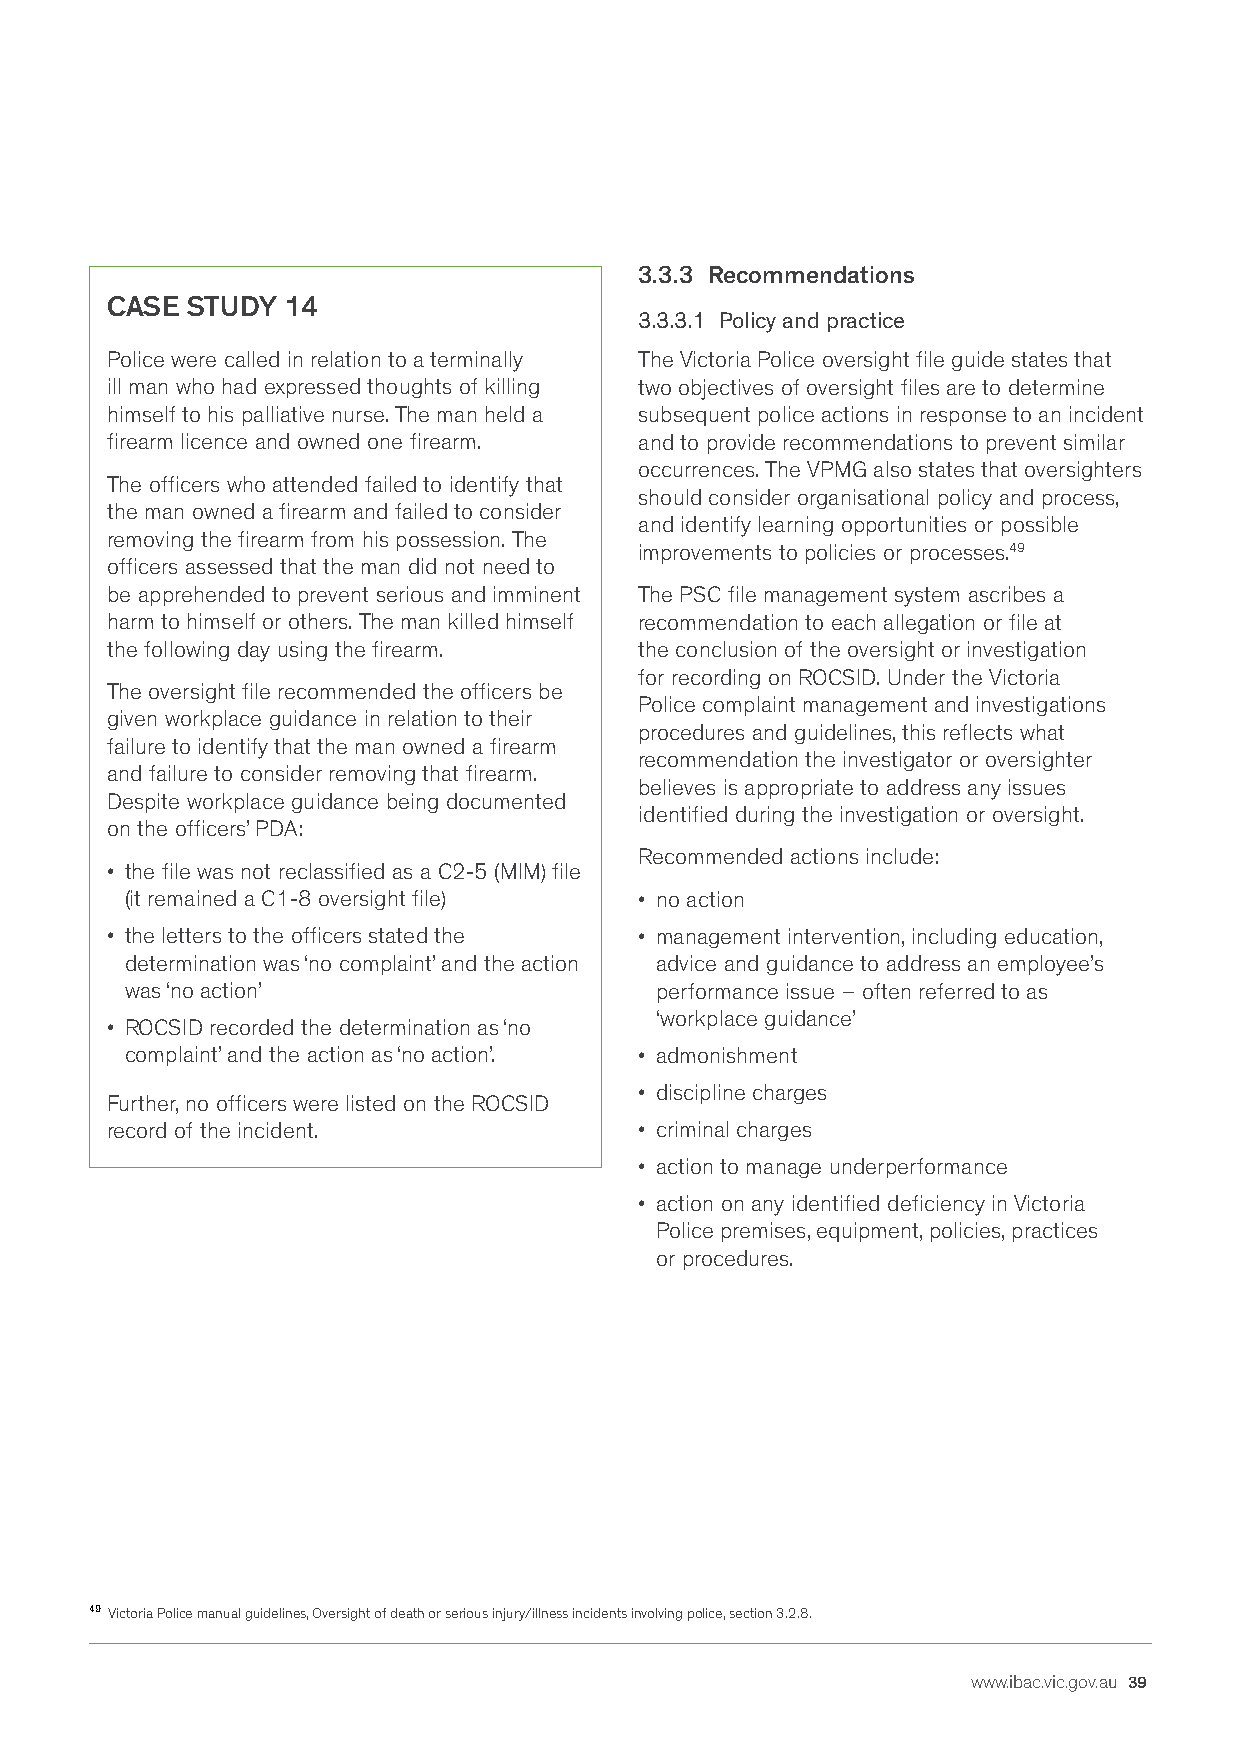
3.3.3 Recommendations
 CASE STUDY  14
 3.3.3.1 Policy and practice
 Police were called in relation to a terminally The Victoria Police oversight file guide states that
 ill man who had expressed thoughts of killing two objectives of oversight files are to determine
 himself to his palliative nurse. The man held a subsequent police actions in response to an incident
 firearm licence and owned one firearm. and to provide recommendations to prevent similar
 occurrences. The VPMG also states that oversighters
 The officers who attended failed to identify that
 should consider organisational policy and process,
 the man owned a firearm and failed to consider
 and identify learning opportunities or possible
 removing the firearm from his possession. The
 improvements to policies or processes.49
 officers assessed that the man did not need to
 be apprehended to prevent serious and imminent The PSC file management system ascribes a
 harm to himself or others. The man killed himself recommendation to each allegation or file at
 the following day using the firearm. the conclusion of the oversight or investigation
 for recording on ROCSID. Under the Victoria
 The oversight file recommended the officers be
 Police complaint management and investigations
 given workplace guidance in relation to their
 procedures and guidelines, this reflects what
 failure to identify that the man owned a firearm
 recommendation the investigator or oversighter
 and failure to consider removing that firearm.
 believes is appropriate to address any issues
 Despite workplace guidance being documented
 identified during the investigation or oversight.
 on the officers’ PDA:
 Recommended actions include:
 • the file was not reclassified as a C2-5 (MIM) file
 (it remained a C1-8 oversight file) • no action
 • the letters to the officers stated the • management intervention, including education,
 determination was ‘no complaint’ and the action advice and guidance to address an employee’s
 was ‘no action’                    performance issue – often referred to as
 ‘workplace guidance’
 • ROCSID recorded the determination as ‘no
 complaint’ and the action as ‘no action’. • admonishment
 • discipline charges
 Further, no officers were listed on the ROCSID
 record of the incident.            • criminal charges
 • action to manage underperformance
 • action on any identified deficiency in Victoria
 Police premises, equipment, policies, practices
 or procedures.
 49 Victoria Police manual guidelines, Oversight of death or serious injury/illness incidents involving police, section 3.2.8.
 www.ibac.vic.gov.au 39